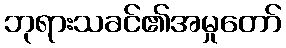
ဘုရားသခင်၏အမှုတော်